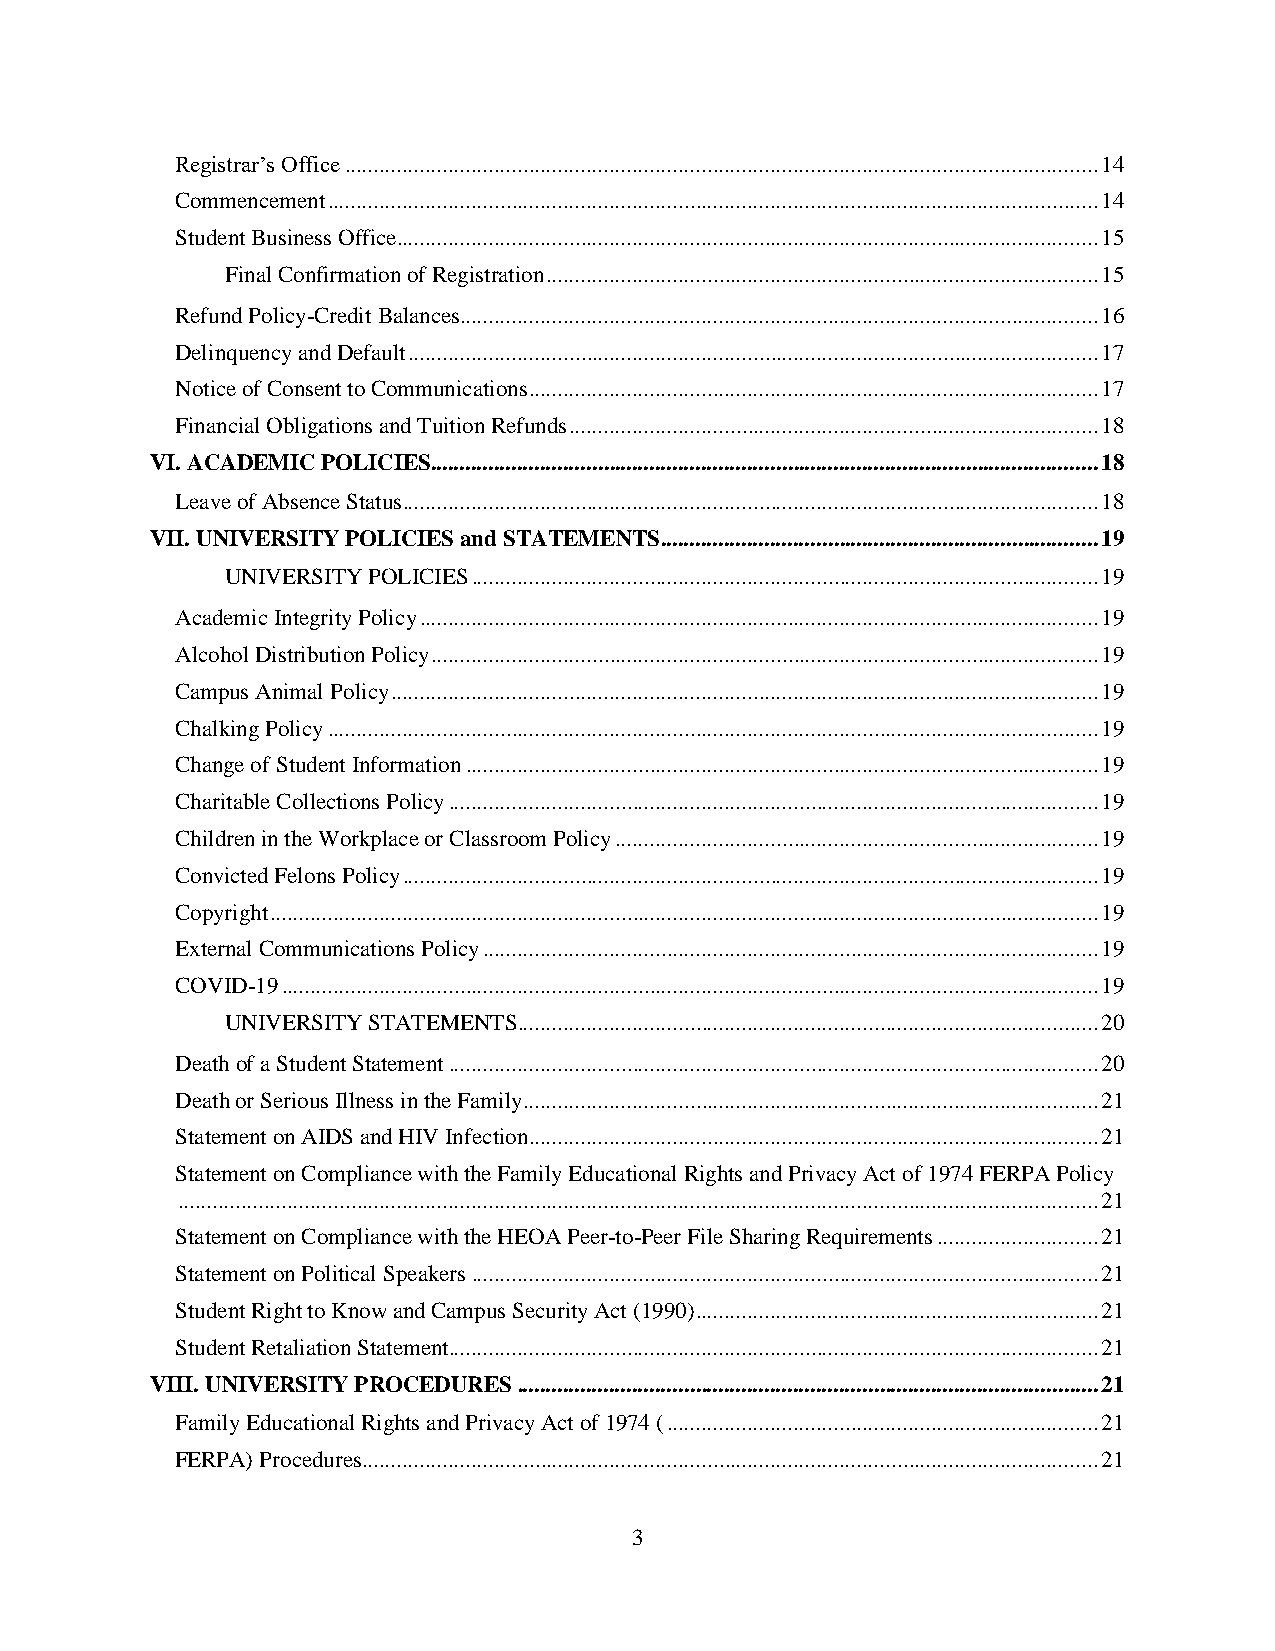
Registrar’s Office ................................................................................................................................... 14
 Commencement ...................................................................................................................................... 14
 Student Business Office .......................................................................................................................... 15
 Final Confirmation of Registration ................................................................................................ 15
 Refund Policy-Credit Balances............................................................................................................... 16
 Delinquency and Default ........................................................................................................................ 17
 Notice of Consent to Communications ................................................................................................... 17
 Financial Obligations and Tuition Refunds ............................................................................................ 18
 VI. ACADEMIC POLICIES .................................................................................................................... 18
 Leave of Absence Status ......................................................................................................................... 18
 VII. UNIVERSITY POLICIES and STATEMENTS ............................................................................ 19
 UNIVERSITY POLICIES ............................................................................................................. 19
 Academic Integrity Policy ...................................................................................................................... 19
 Alcohol Distribution Policy .................................................................................................................... 19
 Campus Animal Policy ........................................................................................................................... 19
 Chalking Policy ...................................................................................................................................... 19
 Change of Student Information .............................................................................................................. 19
 Charitable Collections Policy ................................................................................................................. 19
 Children in the Workplace or Classroom Policy .................................................................................... 19
 Convicted Felons Policy ......................................................................................................................... 19
 Copyright ................................................................................................................................................ 19
 External Communications Policy ........................................................................................................... 19
 COVID-19 .............................................................................................................................................. 19
 UNIVERSITY STATEMENTS ..................................................................................................... 20
 Death of a Student Statement ................................................................................................................. 20
 Death or Serious Illness in the Family .................................................................................................... 21
 Statement on AIDS and HIV Infection ................................................................................................... 21
 Statement on Compliance with the Family Educational Rights and Privacy Act of 1974 FERPA Policy
 ................................................................................................................................................................ 21
 Statement on Compliance with the HEOA Peer-to-Peer File Sharing Requirements ............................ 21
 Statement on Political Speakers ............................................................................................................. 21
 Student Right to Know and Campus Security Act (1990) ...................................................................... 21
 Student Retaliation Statement................................................................................................................. 21
 VIII. UNIVERSITY PROCEDURES ..................................................................................................... 21
 Family Educational Rights and Privacy Act of 1974 ( ........................................................................... 21
 FERPA) Procedures ................................................................................................................................ 21
 3